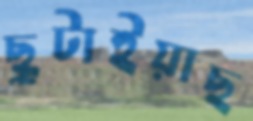
ছুটাইয়াছ